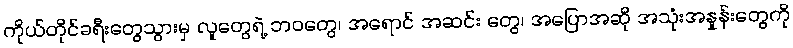
ကိုယ်တိုင်ခရီးတွေသွားမှ လူတွေရဲ့ ဘဝတွေ၊ အရောင် အဆင်း တွေ၊ အပြောအဆို အသုံးအနှုန်းတွေကို